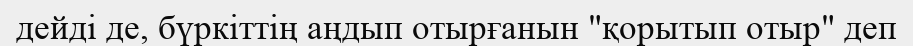
дейді де, бүркіттің аңдып отырғанын "қорытып отыр" деп